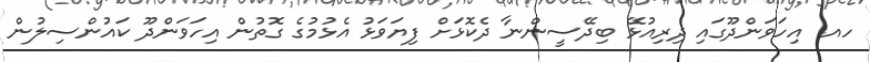
ހއ. އިހަވަންދޫގައި ދިރިއުޅޭ ބިދޭސީންނާ ދެކޮޅަށް ފިޔަވަޅު އެޅުމުގެ ގޮތުން އިހަވަންދޫ ކައުންސިލުން